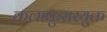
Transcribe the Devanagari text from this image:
कलाकुसरयुक्त